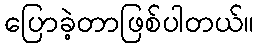
ပြောခဲ့တာဖြစ်ပါတယ်။